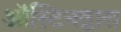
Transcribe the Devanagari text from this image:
ऑस्टिनद्वारा